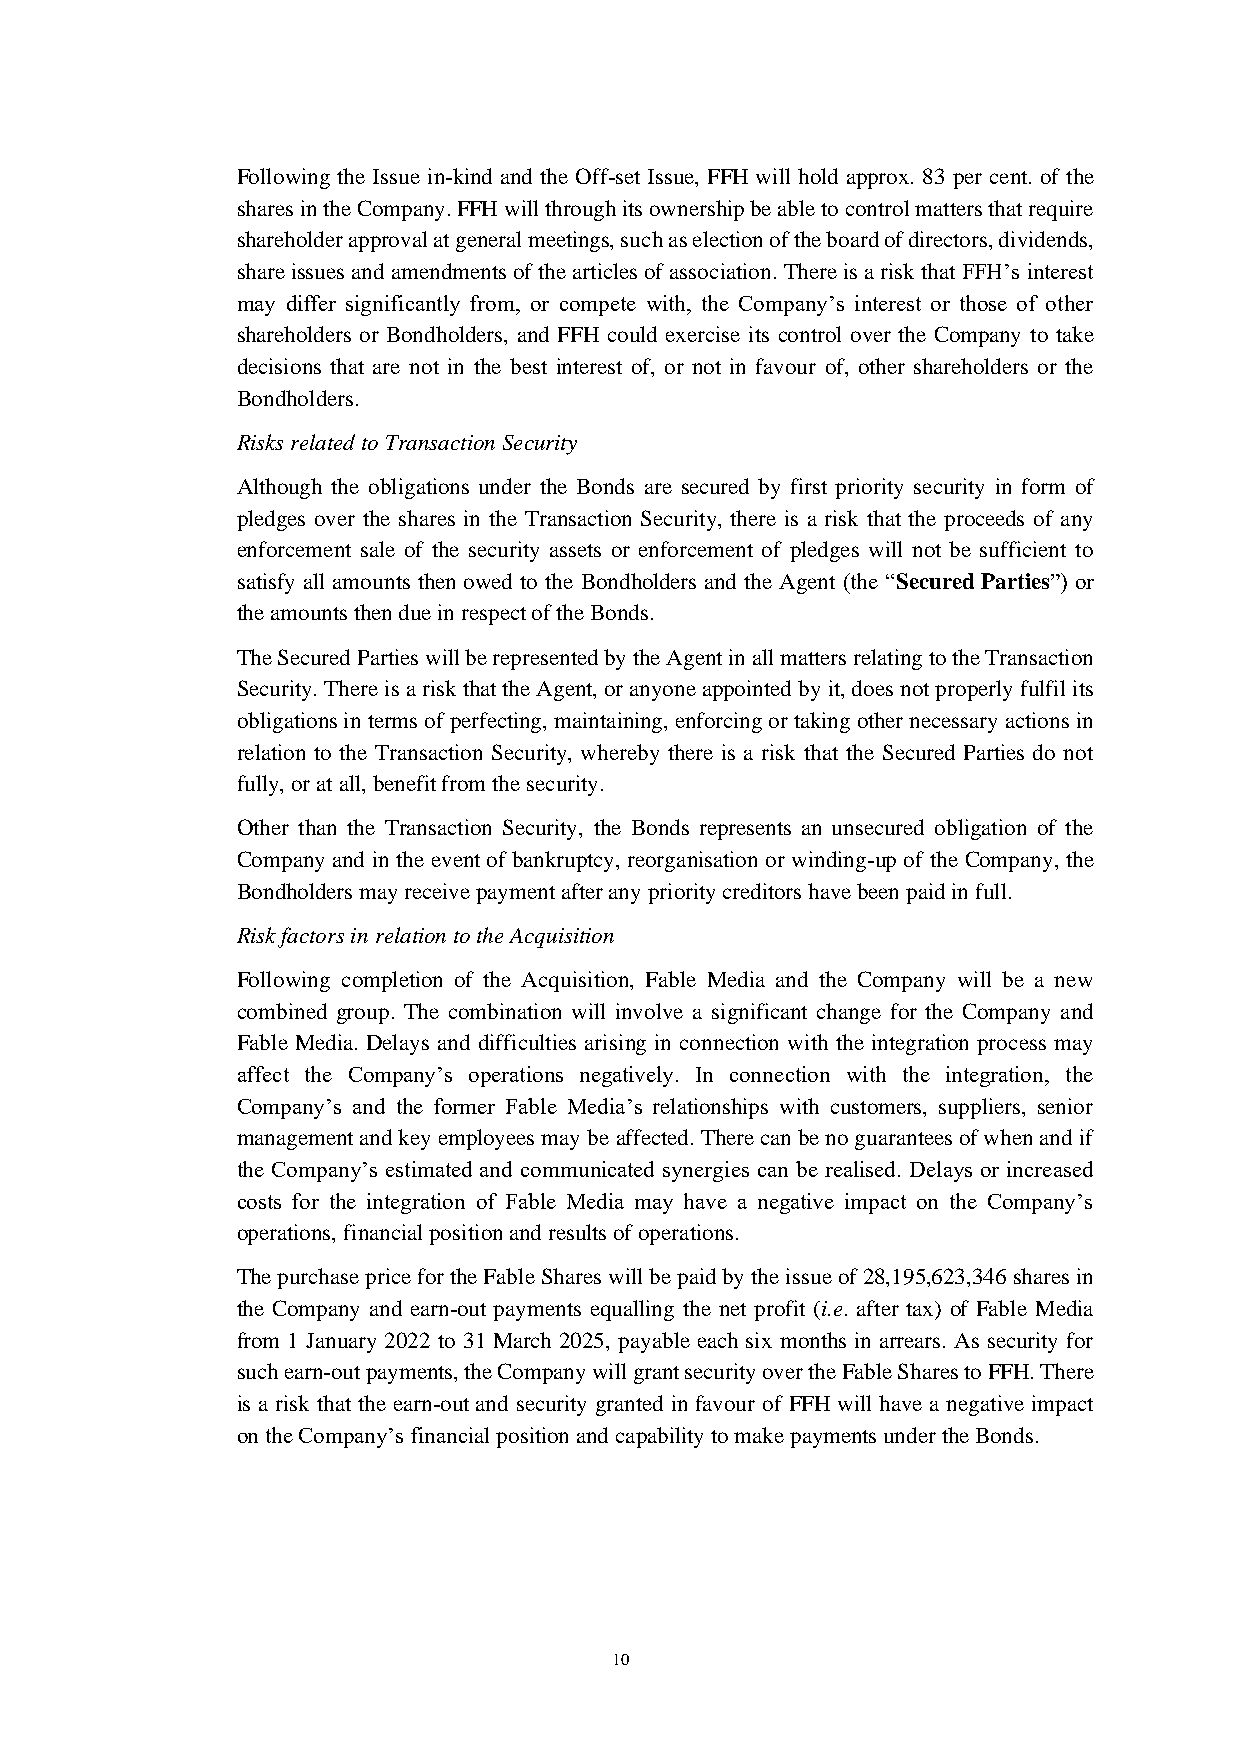
Following the Issue in-kind and the Off-set Issue, FFH will hold approx. 83 per cent. of the
 shares in the Company. FFH will through its ownership be able to control matters that require
 shareholder approval at general meetings, such as election of the board of directors, dividends,
 share issues and amendments of the articles of association. There is a risk that FFH’s interest
 may differ significantly from, or compete with, the Company’s interest or those of other
 shareholders or Bondholders, and FFH could exercise its control over the Company to take
 decisions that are not in the best interest of, or not in favour of, other shareholders or the
 Bondholders.
 Risks related to Transaction Security
 Although the obligations under the Bonds are secured by first priority security in form of
 pledges over the shares in the Transaction Security, there is a risk that the proceeds of any
 enforcement sale of the security assets or enforcement of pledges will not be sufficient to
 satisfy all amounts then owed to the Bondholders and the Agent (the “Secured Parties”) or
 the amounts then due in respect of the Bonds.
 The Secured Parties will be represented by the Agent in all matters relating to the Transaction
 Security. There is a risk that the Agent, or anyone appointed by it, does not properly fulfil its
 obligations in terms of perfecting, maintaining, enforcing or taking other necessary actions in
 relation to the Transaction Security, whereby there is a risk that the Secured Parties do not
 fully, or at all, benefit from the security.
 Other than the Transaction Security, the Bonds represents an unsecured obligation of the
 Company and in the event of bankruptcy, reorganisation or winding-up of the Company, the
 Bondholders may receive payment after any priority creditors have been paid in full.
 Risk factors in relation to the Acquisition
 Following completion of the Acquisition, Fable Media and the Company will be a new
 combined group. The combination will involve a significant change for the Company and
 Fable Media. Delays and difficulties arising in connection with the integration process may
 affect the Company’s operations negatively. In connection with the integration, the
 Company’s and the former Fable Media’s relationships with customers, suppliers, senior
 management and key employees may be affected. There can be no guarantees of when and if
 the Company’s estimated and communicated synergies can be realised. Delays or increased
 costs for the integration of Fable Media may have a negative impact on the Company’s
 operations, financial position and results of operations.
 The purchase price for the Fable Shares will be paid by the issue of 28,195,623,346 shares in
 the Company and earn-out payments equalling the net profit (i.e. after tax) of Fable Media
 from 1 January 2022 to 31 March 2025, payable each six months in arrears. As security for
 such earn-out payments, the Company will grant security over the Fable Shares to FFH. There
 is a risk that the earn-out and security granted in favour of FFH will have a negative impact
 on the Company’s financial position and capability to make payments under the Bonds.
 10